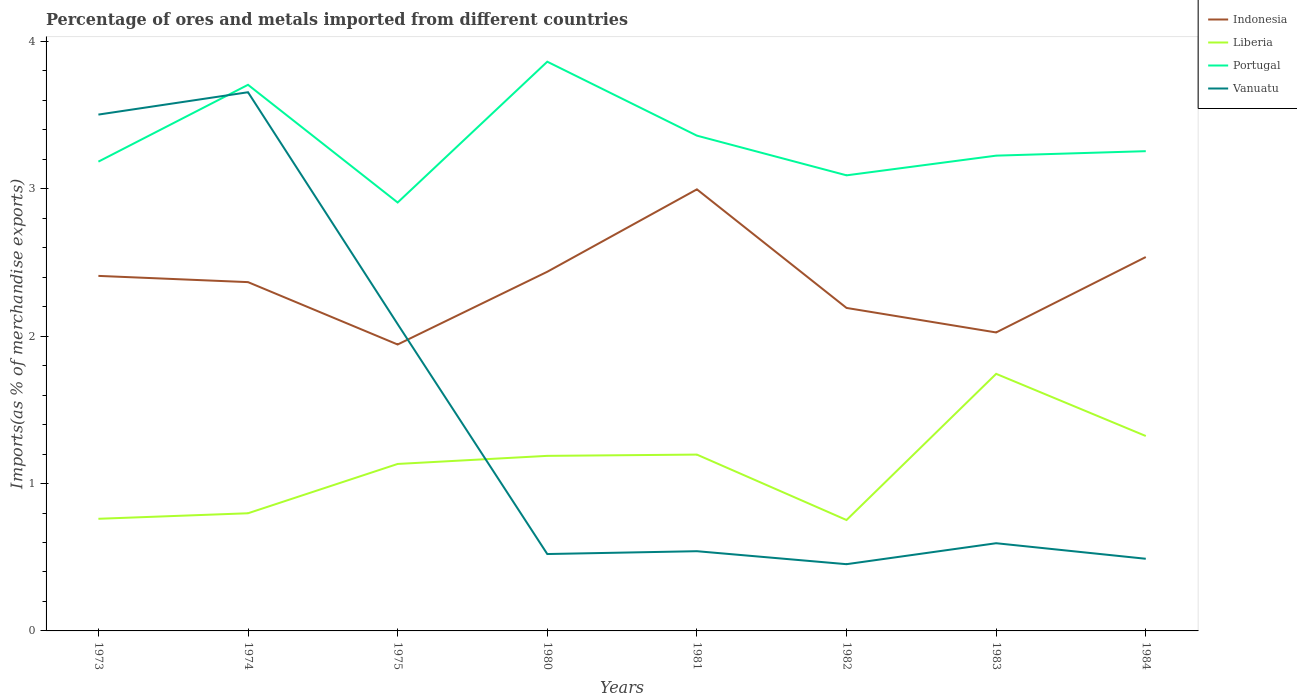
| Years | Indonesia | Liberia | Portugal | Vanuatu |
 | --- | --- | --- | --- | --- |
 | 1973 | 2.41 | 0.761 | 3.18 | 3.5 |
 | 1974 | 2.37 | 0.798 | 3.71 | 3.66 |
 | 1975 | 1.94 | 1.13 | 2.91 | 2.08 |
 | 1980 | 2.44 | 1.19 | 3.86 | 0.522 |
 | 1981 | 3 | 1.2 | 3.36 | 0.541 |
 | 1982 | 2.19 | 0.753 | 3.09 | 0.453 |
 | 1983 | 2.03 | 1.74 | 3.23 | 0.595 |
 | 1984 | 2.54 | 1.32 | 3.26 | 0.49 |